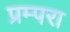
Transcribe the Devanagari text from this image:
प्रम्परा